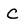
Character: C